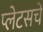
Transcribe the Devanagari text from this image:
प्लेटसचे